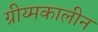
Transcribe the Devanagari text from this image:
ग्रीय्मकालीन